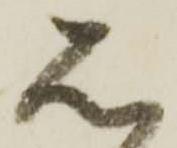
石